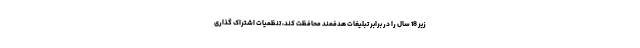
زیر 18 سال را در برابر تبلیغات هدفمند محافظت کند، تنظمیات اشتراک گذاری